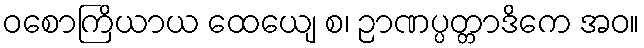
ဝစောကြိယာယ ထေယျေ စ၊ ဉာဏပ္ပတ္တာဒိကေ အဝ။